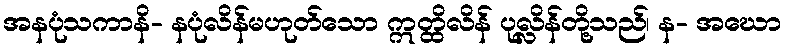
အနပုံသကာနိ- နပုံလိန်မဟုတ်သော ဣတ္ထိလိန် ပုလ္လိန်တို့သည်၊ န- အဃော